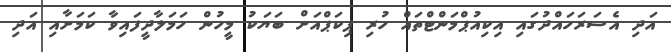
އަދި އެސަރަހައްދުގައި އިކިއުޕްމަންޓްތައް ހުރި ޕިކަޕްއަށް ބަޔަކު މީހުން ހަމަލާދީފައިވާ ކަމަށާއި އަދި